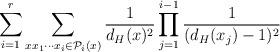
LaTeX: \begin{align*}\sum_{i=1}^r\sum_{xx_1\cdots x_i \in \mathcal{P}_i(x)} \frac{1}{d_{H}(x)^2}\prod_{j=1}^{i-1}\frac{1}{(d_{H}(x_j) -1)^2} \end{align*}